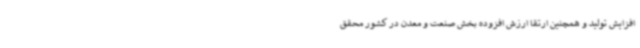
افزایش تولید و همچنین ارتقا ارزش افزوده بخش صنعت و معدن در کشور محقق